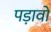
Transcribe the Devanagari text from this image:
पड़ावो